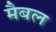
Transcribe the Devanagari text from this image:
मैबल